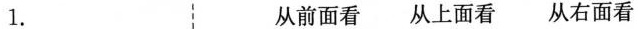
1. 从前面看 从上面看 从右面看